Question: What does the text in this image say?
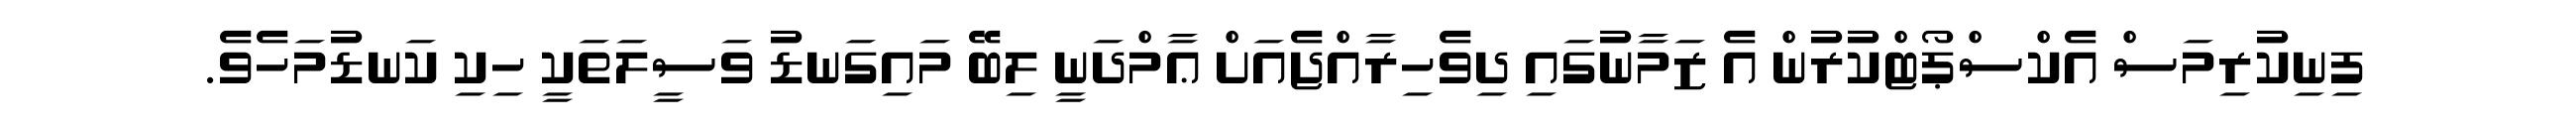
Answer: ފިނިކުރިމަސް އެކްސްޕޯޓްކުރުން އެ ޒަމާނުގައި ދިވެހިރާއްޖެއަށް ޢާމްދަނީ ލިބޭ މައިގަނޑު ވަސީލަތަކީ ހިކި ކަނޑުމަހެވެ.